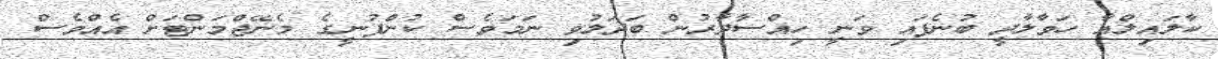
ކާލައިލްއާ ހަވާލާދީ ބުނެފައި ވަނީ ހިއްސާދާރުން ބަދަލުވި ނަމަވެސް ކުންފުނީގެ މެނޭޖްމަންޓަށް އެއްވެސް